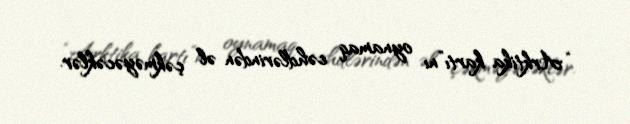
“Arktika kartı”nı oynamaq cəhdlərindən əl çəkməyəcəklər.